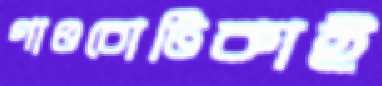
গাওচোটিকাই